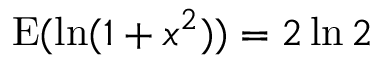
\operatorname { E } ( \ln ( 1 + x ^ { 2 } ) ) = 2 \ln 2